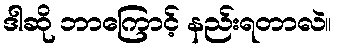
ဒါဆို ဘာကြောင့် နည်းရတာလဲ။